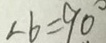
\angle b = 9 0 ^ { \circ }